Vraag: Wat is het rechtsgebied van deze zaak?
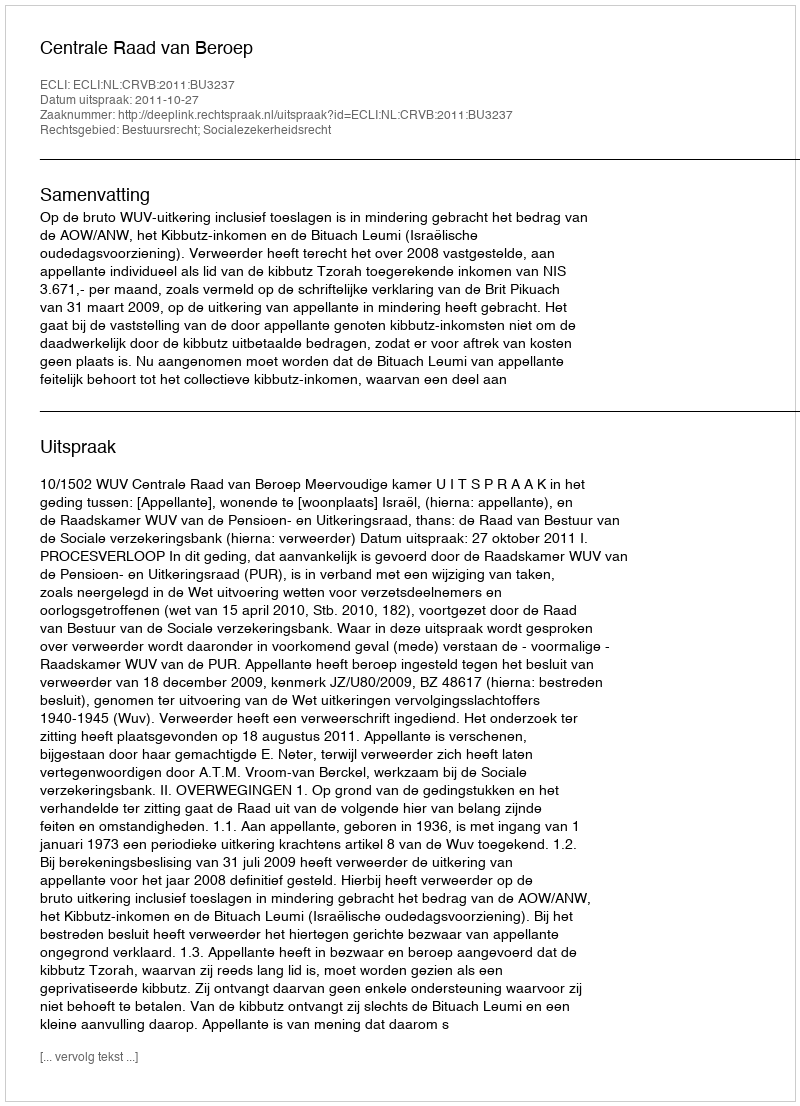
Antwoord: Bestuursrecht; Socialezekerheidsrecht